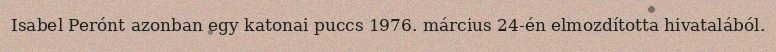
Isabel Perónt azonban egy katonai puccs 1976. március 24-én elmozdította hivatalából.